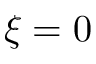
\xi = 0